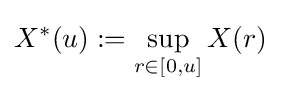
X^{*}(u):=\sup _{r\in [0,u]}X(r)